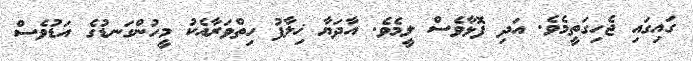
ގައިގައި ޖެހިގަތީމެވެ. އަދި ފޮޅާވެސް ލީމެވެ. އާދަޔާ ޚިލާފު ހިތްވަރާއެކު މީހުންގަނޑުގެ އަޑުވެސް